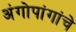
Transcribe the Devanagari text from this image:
अंगोपांगांचे